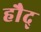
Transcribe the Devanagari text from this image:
हौद्